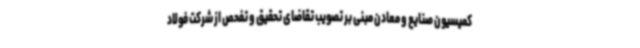
کمیسیون صنایع و معادن مبنی بر تصویب تقاضای تحقیق و تفحص از شرکت فولاد